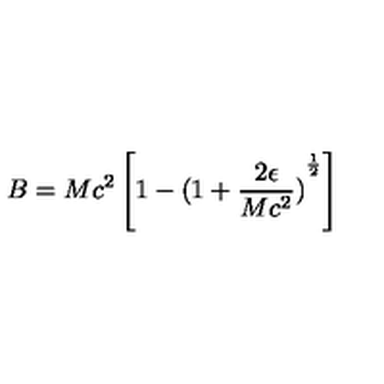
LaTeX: B = M c ^ { 2 } \left[ 1 - { ( 1 + \frac { 2 \epsilon } { M c ^ { 2 } } ) } ^ { \frac { 1 } { 2 } } \right]